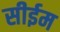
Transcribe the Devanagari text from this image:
सीईम